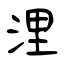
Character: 浬